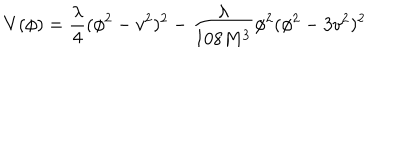
V ( \phi ) = \frac { \lambda } { 4 } ( \phi ^ { 2 } - v ^ { 2 } ) ^ { 2 } - \frac { \lambda } { 1 0 8 M ^ { 3 } } \phi ^ { 2 } ( \phi ^ { 2 } - 3 v ^ { 2 } ) ^ { 2 }